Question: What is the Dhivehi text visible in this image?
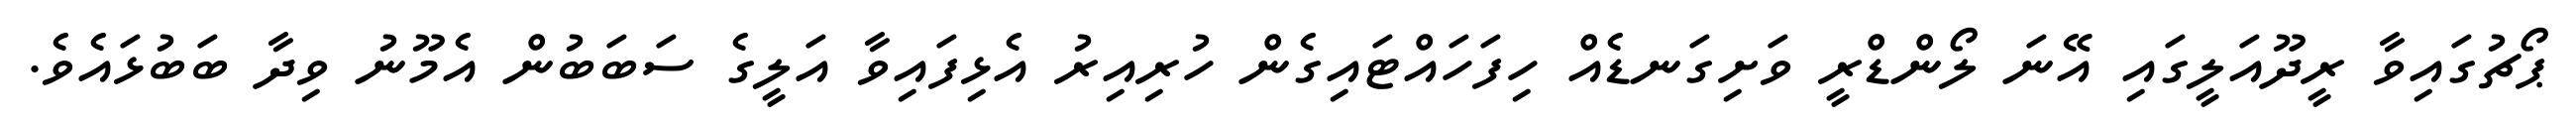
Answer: ޕޯޗުގައިވާ ރީދޫއަލީގައި އޭނަ ލޯންޑްރީ ވަށިގަނޑެއް ހިފަހައްޓައިގެން ހުރިއިރު އެޅިފައިވާ އަލީގެ ސަބަބުން އެމޫނު ވިދާ ބަބުޅައެވެ.